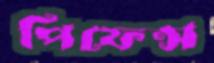
পিফেন্স